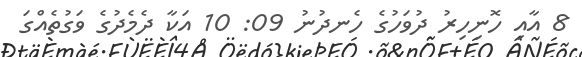
8 އާއި ހޮނިހިރު ދުވަހުގެ ހެނދުނު 09: 10 އަކާ ދެމެދުގެ ވަގުތެއްގަ